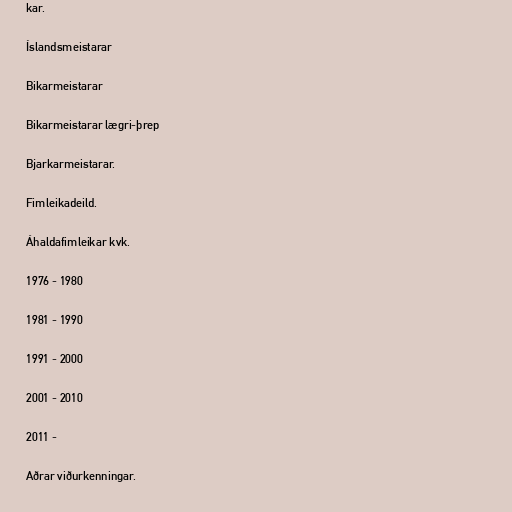
kar.

Íslandsmeistarar

Bikarmeistarar

Bikarmeistarar lægri-þrep

Bjarkarmeistarar.

Fimleikadeild.

Áhaldafimleikar kvk.

1976 - 1980

1981 - 1990

1991 - 2000

2001 - 2010

2011 -

Aðrar viðurkenningar.